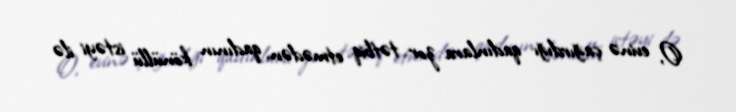
O, evinə çağırdığı qadınlara zor tətbiq etmədən, qadının könüllü istəyi ilə